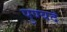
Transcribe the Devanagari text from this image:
पुण्यदं